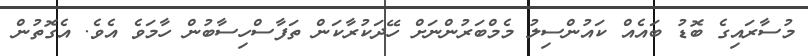
މުސާރައިގެ ބޮޑު ބައެއް ކައުންސިލު މެމްބަރުންނަށް ހޭދަކުރާކަން ތަފާސްހިސާބުން ހާމަވެ އެވެ. އެގޮތުން